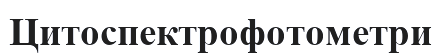
Цитоспектрофотометри